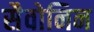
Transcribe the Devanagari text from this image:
सैवोनिन